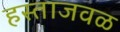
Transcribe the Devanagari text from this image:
हस्ताजवळ